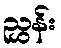
ညွှန်း